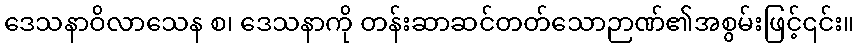
ဒေသနာဝိလာသေန စ၊ ဒေသနာကို တန်းဆာဆင်တတ်သောဉာဏ်၏အစွမ်းဖြင့်၎င်း။